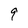
Character: 9